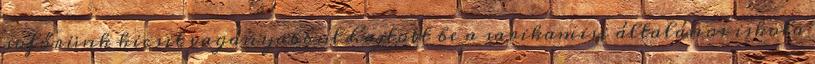
sofőrünk kicsit vagányabbul hajtott be a sarikamisi általános iskola